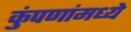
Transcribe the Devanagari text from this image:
कुंपणांमध्ये